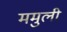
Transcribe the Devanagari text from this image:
ममुली